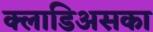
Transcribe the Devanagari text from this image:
क्लाडिअसका